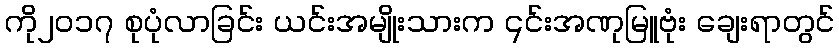
ကို၂၀၁၇ စုပုံလာခြင်း ယင်းအမျိုးသားက ၎င်းအဏုမြူဗုံး ချေးရာတွင်